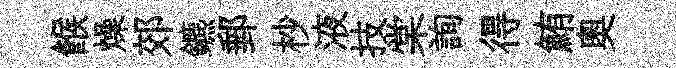
餱燥郊鑣郵杪液技棠詢得鮪奧